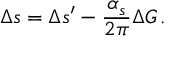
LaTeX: \Delta s = \Delta s ^ { \prime } - \frac { \alpha _ { s } } { 2 \pi } \Delta G \, .